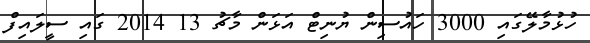
ހުޅުމާލޭގައި 3000 ހައުސިން ޔުނިޓް އަޅަން މާޗު 13 2014 ގައި ސީލައިފް